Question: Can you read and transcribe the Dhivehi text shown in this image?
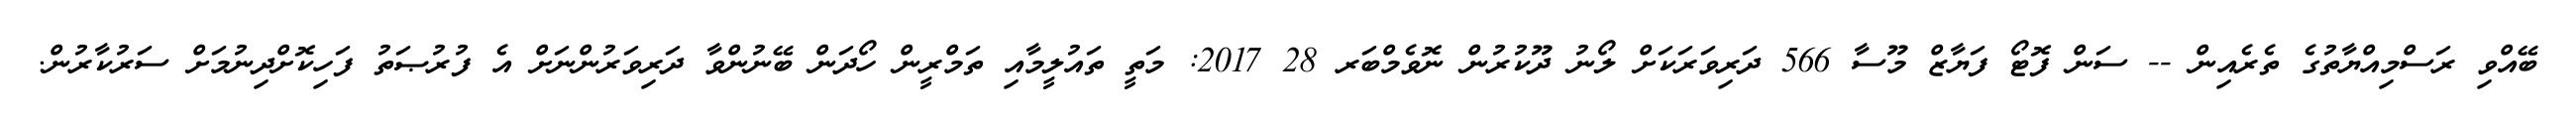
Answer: ބޭއްވި ރަސްމިއްޔާތުގެ ތެރެއިން -- ސަން ފޮޓޯ ފަޔާޒް މޫސާ 566 ދަރިވަރަކަށް ލޯނު ދޫކުރުން ނޮވެމްބަރ 28 2017: މަތީ ތައުލީމާއި ތަމްރީން ހޯދަން ބޭނުންވާ ދަރިވަރުންނަށް އެ ފުރުޞަތު ފަހިކޮށްދިނުމަށް ސަރުކާރުން.